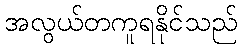
အလွယ်တကူရနိုင်သည်